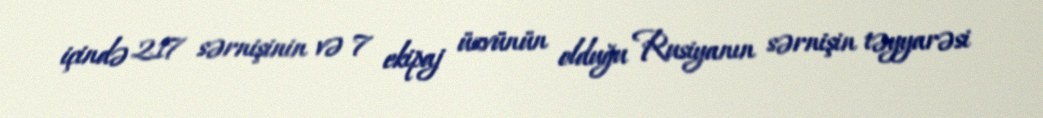
içində 217 sərnişinin və 7 ekipaj üzvünün olduğu Rusiyanın sərnişin təyyarəsi